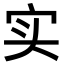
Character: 实